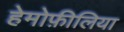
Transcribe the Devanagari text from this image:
हेमोफ़ीलिया